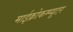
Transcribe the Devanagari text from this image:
माईक्रोकम्प्यूटर